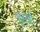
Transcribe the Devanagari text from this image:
भुरखी